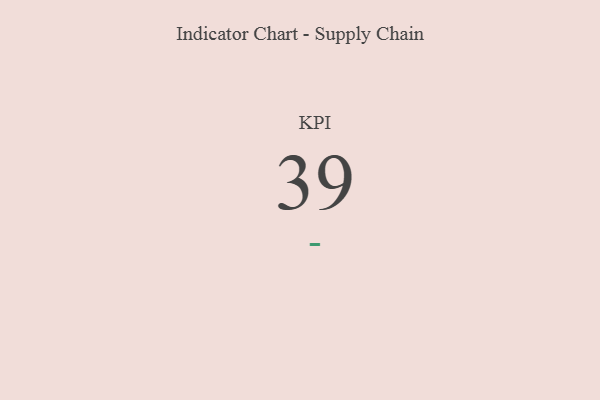
{"axis": {"x": "KPI", "y": "Value"}, "legend": [""], "data": [{"x": "KPI", "y": 39, "type": ""}]}